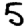
Digit: 5